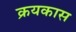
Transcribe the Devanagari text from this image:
क्रयकास